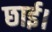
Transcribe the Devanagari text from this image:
छाई।